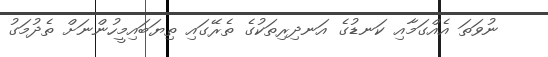
ނުވަތަ އެއްގަމާއި ކަނޑުގެ އަނދިރިތަކުގެ ތެރޭގައި ތިޔަބައިމީހުންނަށް ތެދުމަގު